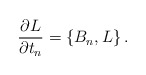
\begin{align*}{\partial L\over\partial t_n} = \{ B_n , L\}\,.\end{align*}